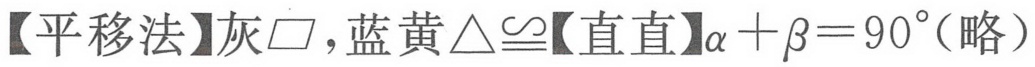
【平移法】灰\(\square\)，蓝黄\(\triangle\cong\)【直直】\(\alpha+\beta = 90^{\circ}\)(略）